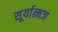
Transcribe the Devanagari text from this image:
सूर्यात्मज